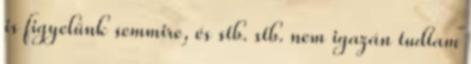
is figyelünk semmire, és stb. stb. nem igazán tudtam